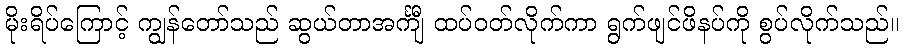
မိုးရိပ်ကြောင့် ကျွန်တော်သည် ဆွယ်တာအင်္ကျီ ထပ်ဝတ်လိုက်ကာ ရွက်ဖျင်ဖိနပ်ကို စွပ်လိုက်သည်။